Civil Veterinary Dept. North-West Frontier Province 1901-22 - 1901-1922
Year: 1901
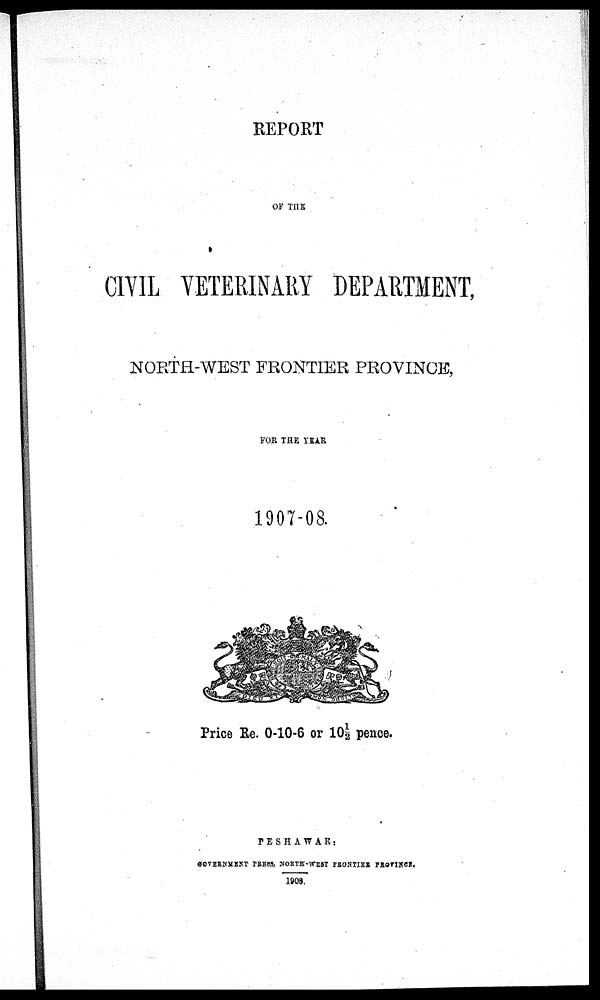
REPORT
OF THE
CIVIL VETERINARY DEPARTMENT,
NORTH-WEST FRONTIER PROVINCE,
FOR THE YEAR
1907-08.
Price Re. 0-10-6 or 10½ pence.
PESHAWAR:
GOVENMENT FRESS, NORTH-WEST FRONTIER PROVINCE.
1908.